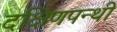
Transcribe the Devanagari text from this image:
दक्षिणपन्थी